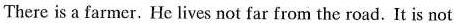
There is a farmer. He lives not far from the road. It is not